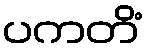
ပကတိံ